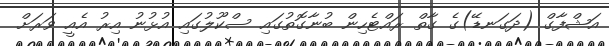
އަޝްފާގް (ދަގަނޑޭ)ގެ ގާތް ރައްޓެހިން ބުނާގޮތުގައި ސްކޫލުގައި އުޅުނު އިރު އެއީ ވަރަށް